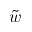
\tilde { w }